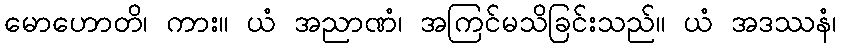
မောဟောတိ၊ ကား။ ယံ အညာဏံ၊ အကြင်မသိခြင်းသည်။ ယံ အဒဿနံ၊